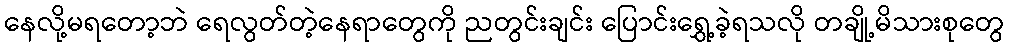
နေလို့မရတော့ဘဲ ရေလွတ်တဲ့နေရာတွေကို ညတွင်းချင်း ပြောင်းရွှေ့ခဲ့ရသလို တချို့မိသားစုတွေ